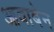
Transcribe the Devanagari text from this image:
आवाबेन